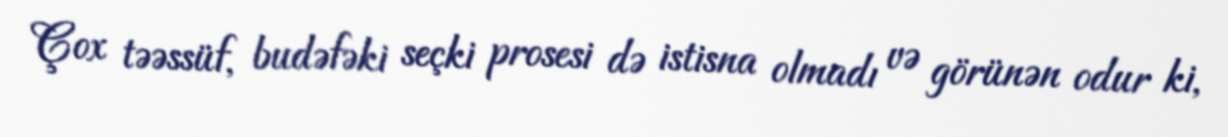
Çox təəssüf, budəfəki seçki prosesi də istisna olmadı və görünən odur ki,